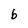
Character: b